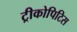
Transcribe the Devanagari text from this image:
ट्रीकोपिटिस